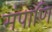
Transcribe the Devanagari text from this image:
मंपाणि